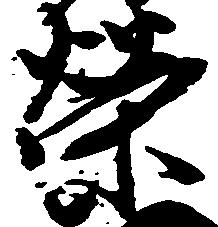
栄